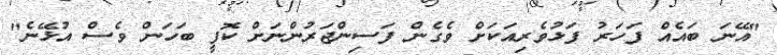
"އޭނަ ބައެއް ފަހަރު ފަޅުވެރިއަކަށް ވެގެން ފަސިންޖަރުންނަށް ކޮފީ ބަހަން ވެސް އުޅޭނެ"